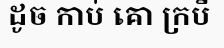
ដូច កាប់ គោ ក្របី